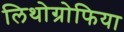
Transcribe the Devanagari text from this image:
लिथोग्रोफिया